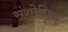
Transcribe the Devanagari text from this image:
संशोधिक